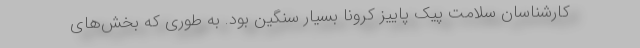
کارشناسان سلامت پیک پاییز کرونا بسیار سنگین بود. به طوری که بخش‌های